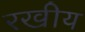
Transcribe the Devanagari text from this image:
रखीय